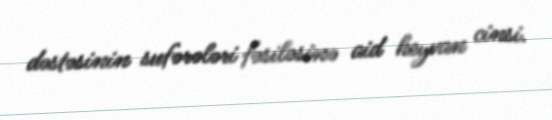
dəstəsinin sufərələri fəsiləsinə aid heyvan cinsi.